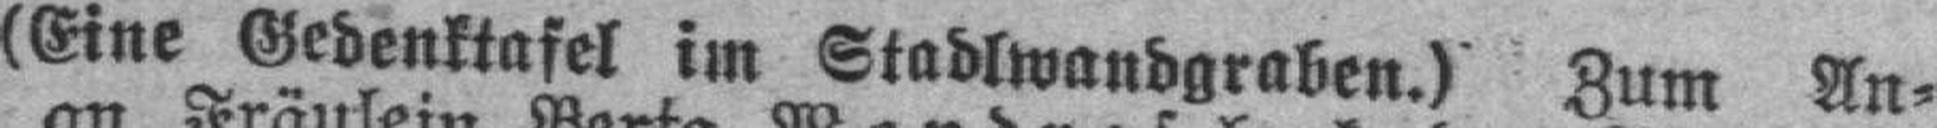
(Eine Gedenktafel im Stadlwandgraben.) Zum An¬